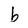
Character: b